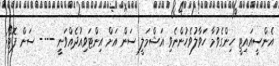
އެންސީއައިޓީ ހިންގެވުމާ ހަވާލުވެހުންނެވި އަޝްމަލީ ސަން އަށް އިންޓަވިއުދެއްވަނީ ---- ސަން ފޮޓޯ: